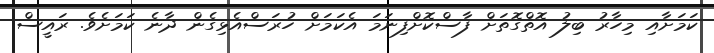
ކަމަށާއި މިހާރު ބިލު އޮތްގޮތަށް ފާސްކޮށްފިނަމަ އެކަމަށް ހުރަސްއެޅިގެން ދާނެ ކަމަށެވެ. ރައީސް